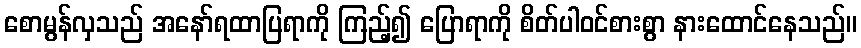
စောမွန်လှသည် အနော်ရထာပြရာကို ကြည့်၍ ပြောရာကို စိတ်ပါဝင်စားစွာ နားထောင်နေသည်။